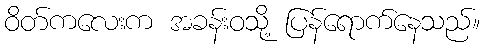
ဝိတ်ကလေးက အခန်းဝသို့ ပြန်ရောက်နေသည်။